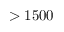
> 1 5 0 0